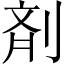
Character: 剤